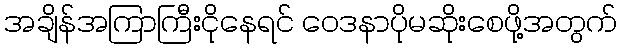
အချိန်အကြာကြီးငိုနေရင် ဝေဒနာပိုမဆိုးစေဖို့အတွက်